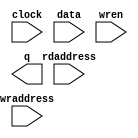
module exp_1x1_kernal_ram (
	clock,
	data,
	rdaddress,
	wraddress,
	wren,
	q);

	input	  clock;
	input	[31:0]  data;
	input	[11:0]  rdaddress;
	input	[11:0]  wraddress;
	input	  wren;
	output	[31:0]  q;
`ifndef ALTERA_RESERVED_QIS
// synopsys translate_off
`endif
	tri1	  clock;
	tri0	  wren;
`ifndef ALTERA_RESERVED_QIS
// synopsys translate_on
`endif

endmodule